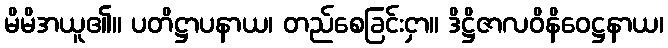
မိမိအယူ၏။ ပတိဋ္ဌာပနာယ၊ တည်စေခြင်းငှာ။ ဒိဋ္ဌိဇာလဝိနိဝေဋ္ဌနာယ၊